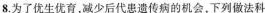
8.为了优生优育，减少后代患遗传病的机会，下列做法科